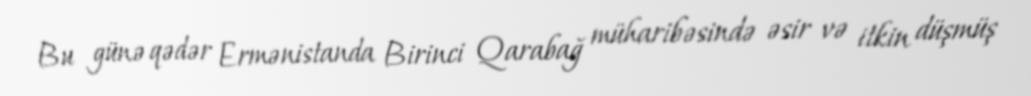
Bu günə qədər Ermənistanda Birinci Qarabağ müharibəsində əsir və itkin düşmüş